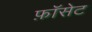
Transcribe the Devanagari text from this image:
फ़ॉसेट